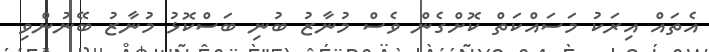
އެތައް އިރަކު މަސައްކަތް ކޮށްގެން ވެސް މުނާޒު ބުނި ބަސްކޮޅު މުނާޒު ބޭނުންވި